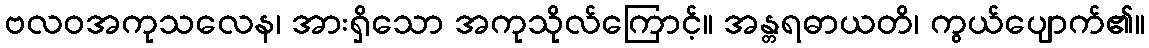
ဗလဝအကုသလေန၊ အားရှိသော အကုသိုလ်ကြောင့်။ အန္တရဓာယတိ၊ ကွယ်ပျောက်၏။